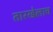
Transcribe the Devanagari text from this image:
तारखेलाच